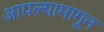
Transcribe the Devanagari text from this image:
आपल्यामागून